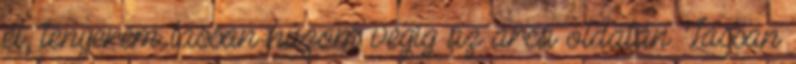
el, tenyerem lassan húzom végig az arca oldalán. Lassan